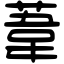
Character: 葦